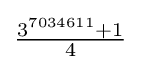
{\tfrac {3^{7034611}+1}{4}}